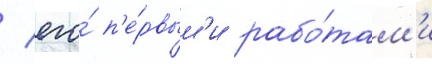
/ его́ п'е́рвым'и рабо́там'и